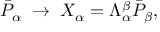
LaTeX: \bar { { \cal P } } _ { \alpha } \; \rightarrow \; X _ { \alpha } = \Lambda _ { \alpha } ^ { \beta } \bar { { \cal P } } _ { \beta } ,